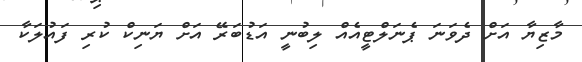
މާޒިޔާ އަށް ދެވަނަ ޕެނަލްޓީއެއް ލިބުނީ އަޑުބަރޭ އަށް ޔަނިކް ކުރި ފައުލަކާ